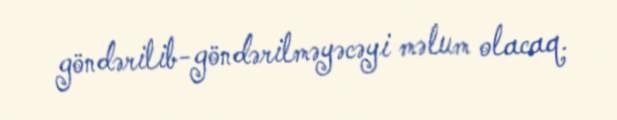
göndərilib-göndərilməyəcəyi məlum olacaq.